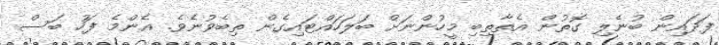
ފަދައިން ބުނެލި ގޮތުން އެތާތިބި މީހުންނަށް ބަލަހައްޓައިގެން ތިބެވުނެވެ. އެންމެ ފަހު ބަސް